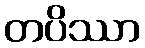
တပိဿာ